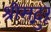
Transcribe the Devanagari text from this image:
श्रीसद्गुरू